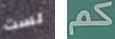
لست كم